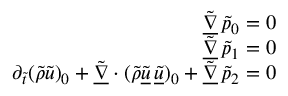
\begin{array} { r } { \underline { { \tilde { \nabla } } } \, \tilde { p } _ { 0 } = 0 } \\ { \underline { { \tilde { \nabla } } } \, \tilde { p } _ { 1 } = 0 } \\ { \partial _ { \tilde { t } } ( \tilde { \rho } \tilde { u } ) _ { 0 } + \underline { { \tilde { \nabla } } } \cdot ( \tilde { \rho } \underline { { \tilde { u } } } \, \underline { { \tilde { u } } } ) _ { 0 } + \underline { { \tilde { \nabla } } } \, \tilde { p } _ { 2 } = 0 } \end{array}